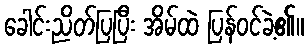
ခေါင်းညိတ်ပြပြီး အိမ်ထဲ ပြန်ဝင်ခဲ့၏။